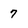
Character: 7